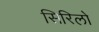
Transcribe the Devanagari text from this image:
सिरिलो